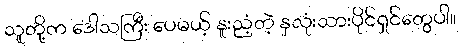
သူတို့က ဒေါသကြီး ပေမယ့် နူးညံ့တဲ့ နှလုံးသားပိုင်ရှင်တွေပါ။